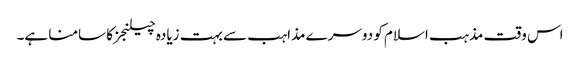
اس وقت مذہب اسلام کو دوسرے مذاہب سے بہت زیادہ چیلنجزکا سامنا ہے۔